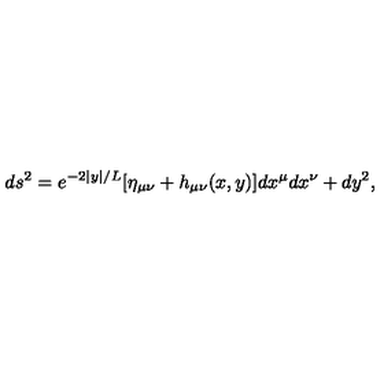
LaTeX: d s ^ { 2 } = e ^ { - 2 | y | / L } [ \eta _ { \mu \nu } + h _ { \mu \nu } ( x , y ) ] d x ^ { \mu } d x ^ { \nu } + d y ^ { 2 } ,